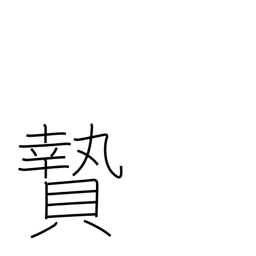
Meaning: sacrifice